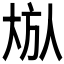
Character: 𪥏